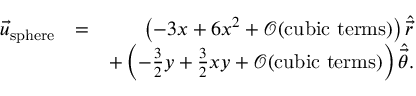
\begin{array} { r l r } { \vec { u } _ { \mathrm { s p h e r e } } } & { = } & { \left( - 3 x + 6 x ^ { 2 } + \mathcal { O } ( \mathrm { c u b i c ~ t e r m s } ) \right) \hat { \vec { r } } } \\ & { } & { + \left( - \frac { 3 } { 2 } y + \frac { 3 } { 2 } x y + \mathcal { O } ( \mathrm { c u b i c ~ t e r m s } ) \right) \hat { \vec { \theta } } . } \end{array}